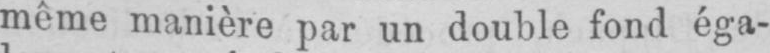
même manière par un double fond éga-